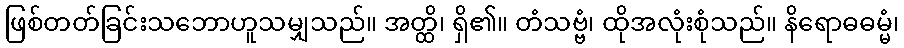
ဖြစ်တတ်ခြင်းသဘောဟူသမျှသည်။ အတ္ထိ၊ ရှိ၏။ တံသဗ္ဗံ၊ ထိုအလုံးစုံသည်။ နိရောဓဓမ္မံ၊